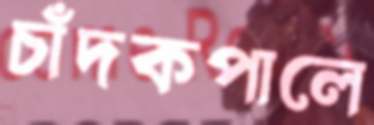
চাঁদকপালে